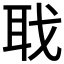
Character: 聀